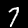
Digit: 7